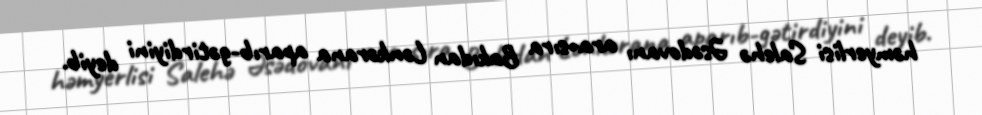
həmyerlisi Salehə Əsədovanı ara-sıra Bakıdan Lənkərana aparıb-gətirdiyini deyib.